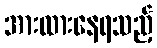
အားထားနေရသည့်